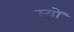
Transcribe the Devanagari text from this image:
स्यों